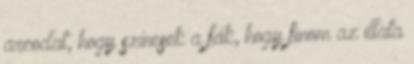
arcodat, hogy színesek a fák, hogy finom az illata